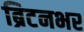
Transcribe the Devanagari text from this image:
ब्रिटनभर